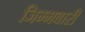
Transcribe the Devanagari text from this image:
जिम्मवारी